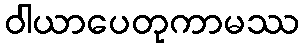
ဝါယာပေတုကာမဿ